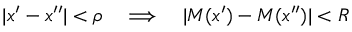
| x ^ { \prime } - x ^ { \prime \prime } | < \rho \quad \Longrightarrow \quad | M ( x ^ { \prime } ) - M ( x ^ { \prime \prime } ) | < R